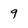
Character: g